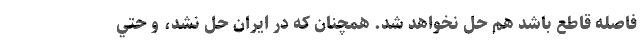
فاصله قاطع باشد هم حل نخواهد شد. همچنان كه در ايران حل نشد، و حتي